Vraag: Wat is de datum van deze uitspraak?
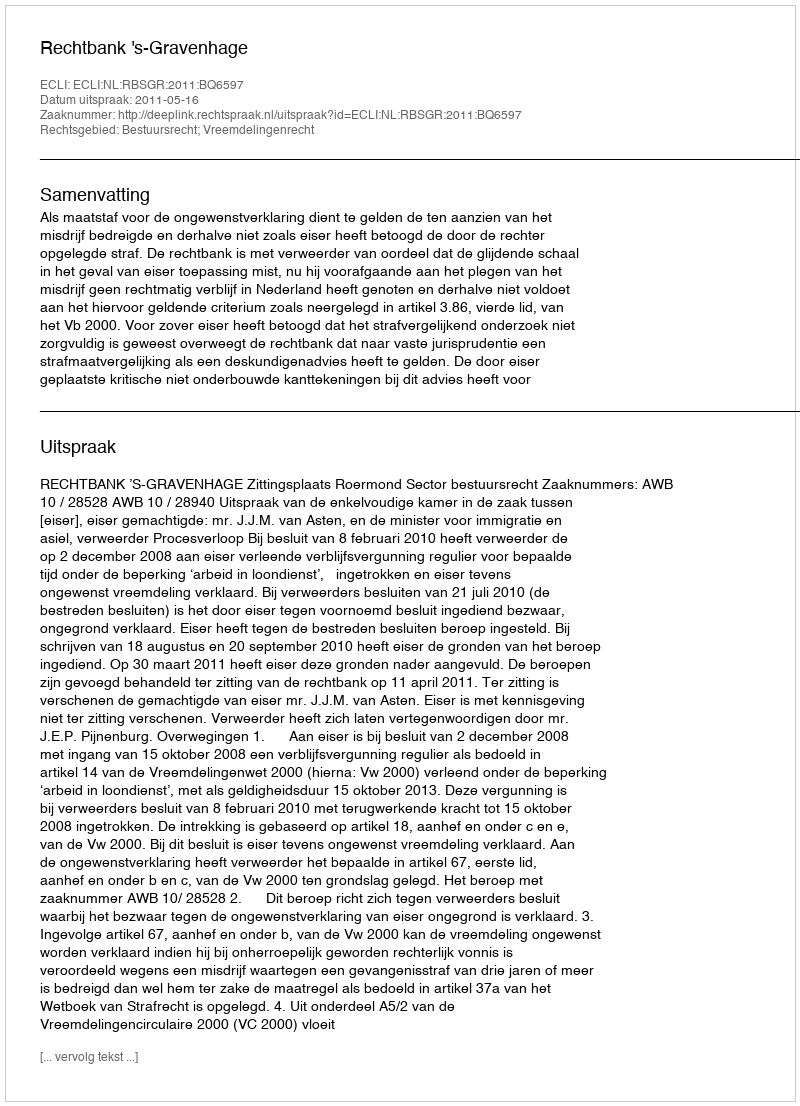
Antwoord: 2011-05-16